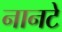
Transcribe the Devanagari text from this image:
नानटे